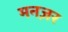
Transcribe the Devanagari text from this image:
मनज़र